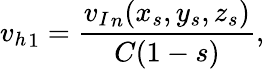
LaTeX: {v_{h}}_{1}=\frac{{v_{I}}_{n}(x_{s},y_{s},z_{s})}{C(1-s)},